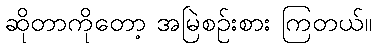
ဆိုတာကိုတော့ အမြဲစဉ်းစား ကြတယ်။